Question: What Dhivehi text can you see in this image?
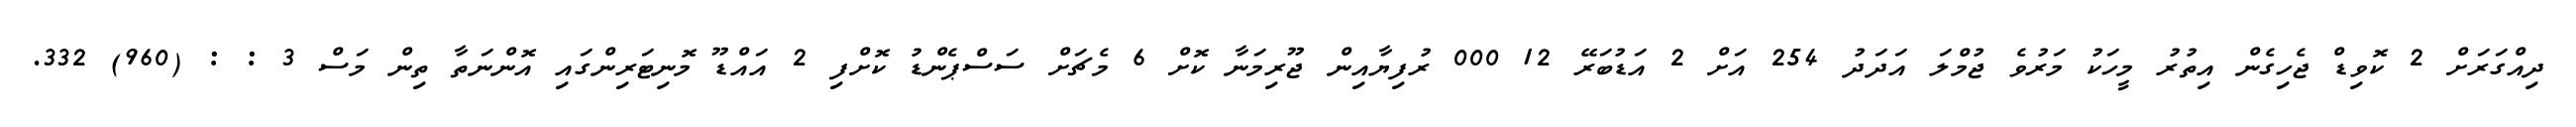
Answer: ދިއްގަރަށް 2 ކޮވިޑް ޖެހިގެން އިތުރު މީހަކު މަރުވެ ޖުމްލަ އަދަދު 254 އަށް 2 އަޑުބަރޭ 12 000 ރުފިޔާއިން ޖޫރިމަނާ ކޮށް 6 މެޗަށް ސަސްޕެންޑު ކޮށްފި 2 އައްޑޫ މޮނިޓަރިންގައި އޮންނަތާ ތިން މަސް 3 : : (960) 332.